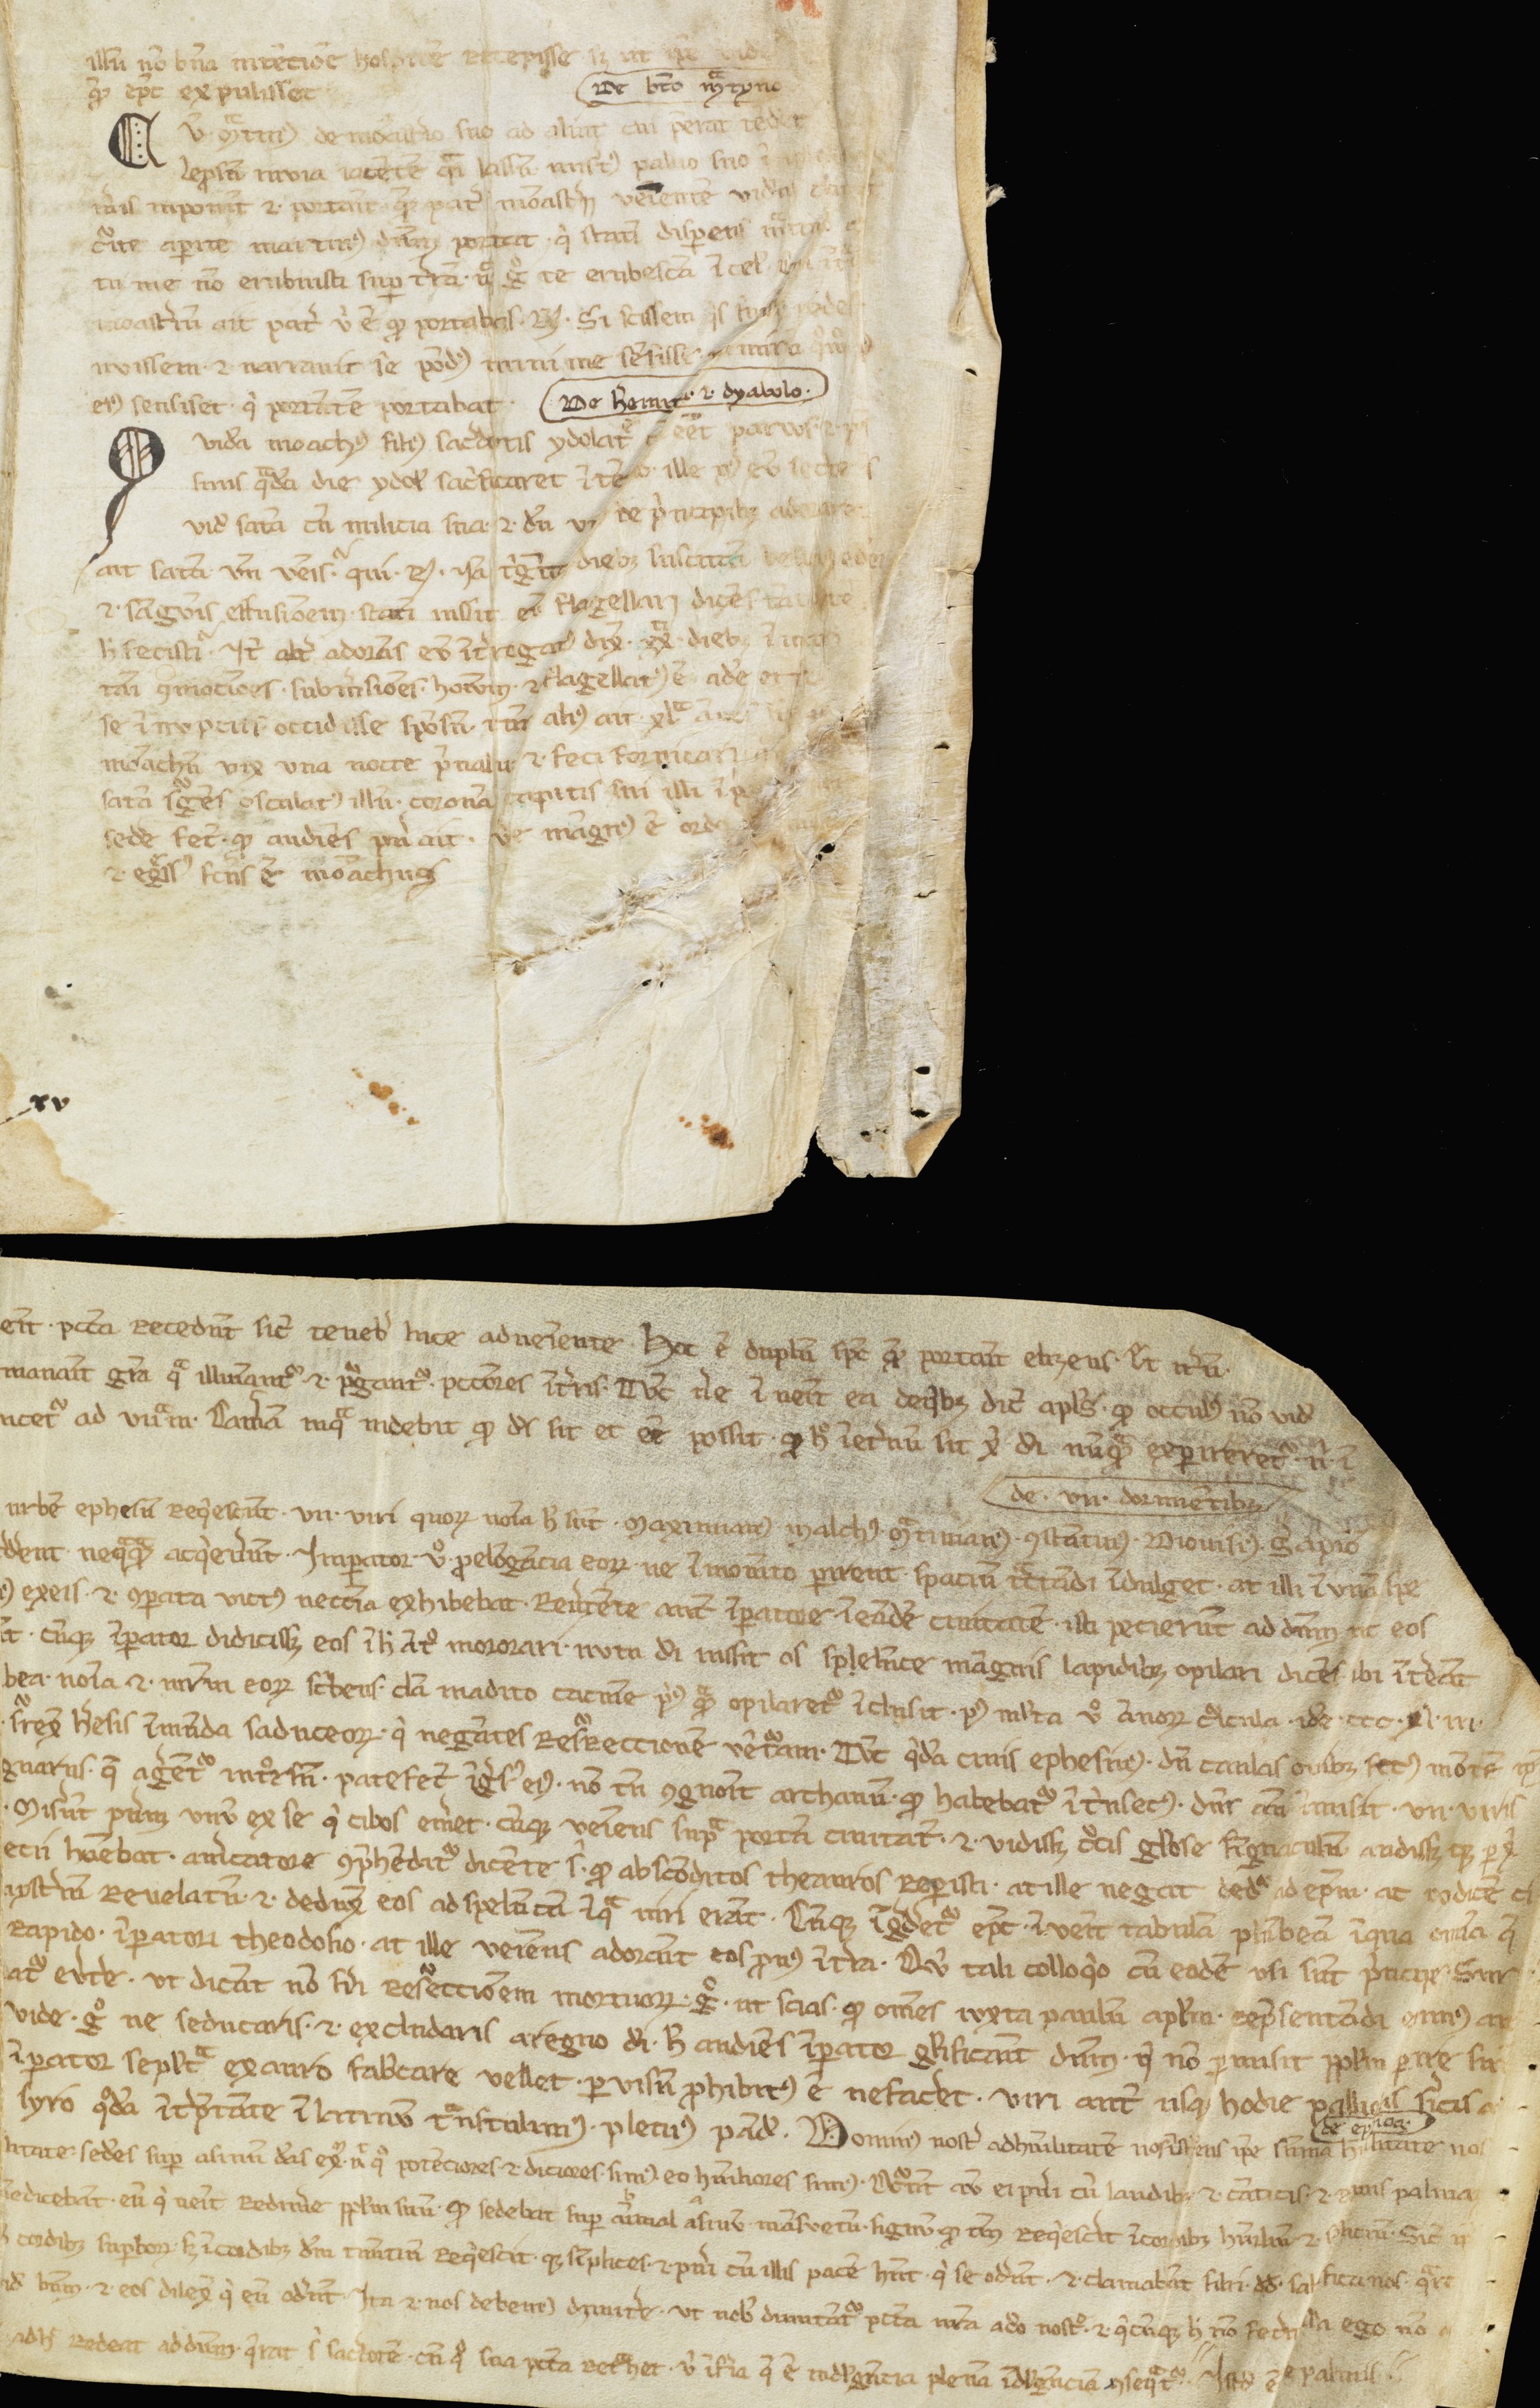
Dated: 1100–1199